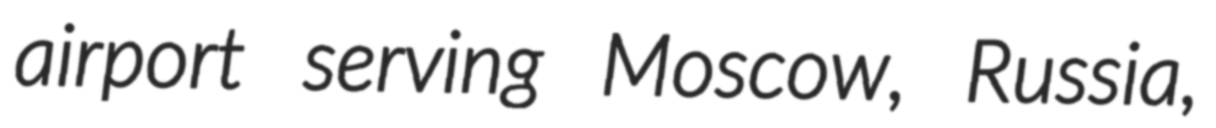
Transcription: airport serving Moscow, Russia,